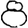
Digit: 8